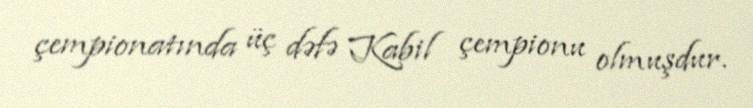
çempionatında üç dəfə Kabil çempionu olmuşdur.